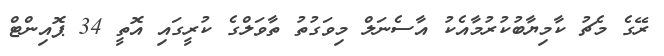
ރޭގެ މެޗު ކާމިޔާބުކުރުމާއެކު އާސެނަލް މިވަގުތު ތާވަލްގެ ކުރީގައި އޮތީ 34 ޕޮއިންޓް